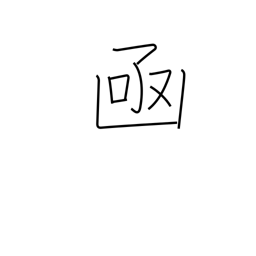
Meaning: box